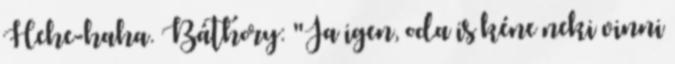
Hehe-haha. Báthory: "Ja igen, oda is kéne neki vinni